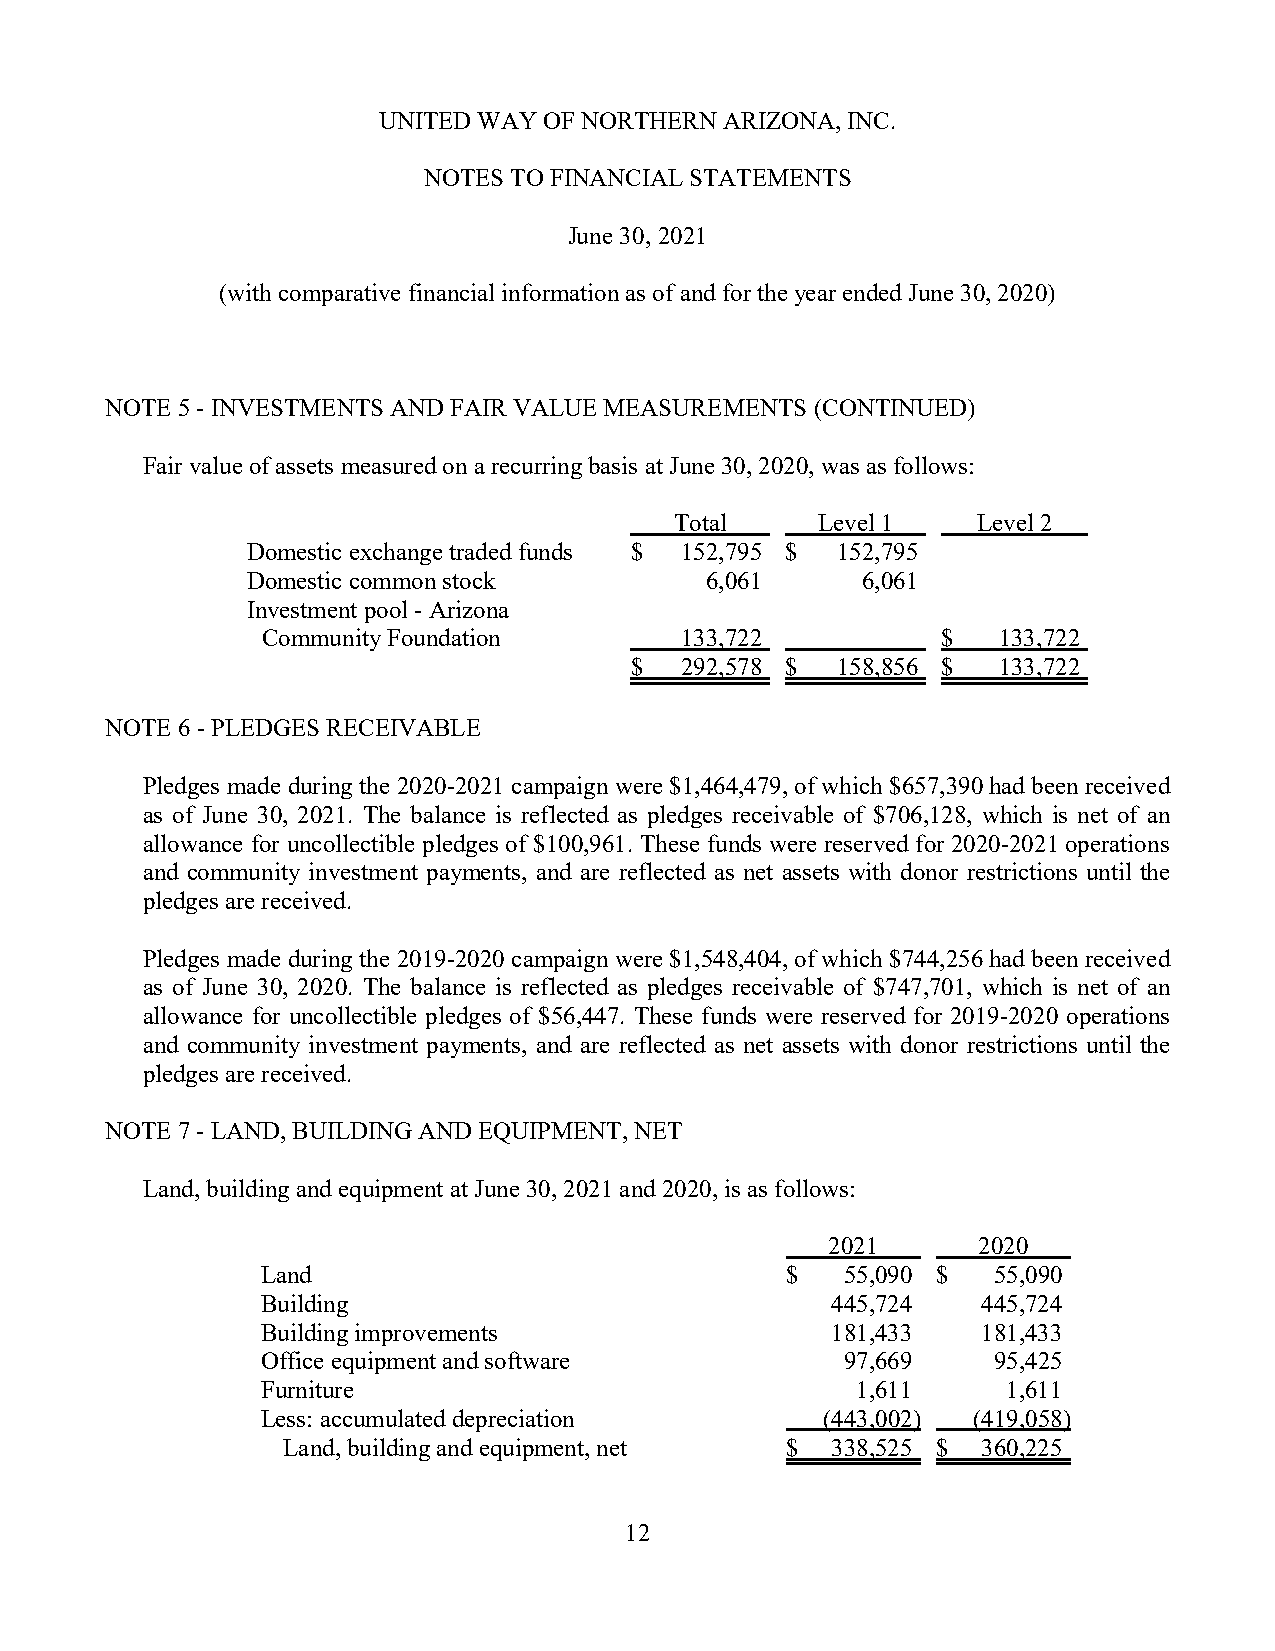
UNITED WAY OF NORTHERN ARIZONA, INC.
 NOTES TO FINANCIAL STATEMENTS
 June 30, 2021
 (with comparative financial information as of and for the year ended June 30, 2020)
 NOTE 5 - INVESTMENTS AND FAIR VALUE MEASUREMENTS (CONTINUED)
 Fair value of assets measured on a recurring basis at June 30, 2020, was as follows:
 Total    Level 1    Level 2
 Domestic exchange traded funds $ 152,795 $ 152,795
 Domestic common stock          6,061     6,061
 Investment pool - Arizona
 Community Foundation        133,722          $   133,722
 $  292,578 $ 158,856 $  133,722
 NOTE 6 - PLEDGES RECEIVABLE
 Pledges made during the 2020-2021 campaign were $1,464,479, of which $657,390 had been received
 as of June 30, 2021. The balance is reflected as pledges receivable of $706,128, which is net of an
 allowance for uncollectible pledges of $100,961. These funds were reserved for 2020-2021 operations
 and community investment payments, and are reflected as net assets with donor restrictions until the
 pledges are received.
 Pledges made during the 2019-2020 campaign were $1,548,404, of which $744,256 had been received
 as of June 30, 2020. The balance is reflected as pledges receivable of $747,701, which is net of an
 allowance for uncollectible pledges of $56,447. These funds were reserved for 2019-2020 operations
 and community investment payments, and are reflected as net assets with donor restrictions until the
 pledges are received.
 NOTE 7 - LAND, BUILDING AND EQUIPMENT, NET
 Land, building and equipment at June 30, 2021 and 2020, is as follows:
 2021      2020
 Land                               $   55,090 $  55,090
 Building                              445,724   445,724
 Building improvements                 181,433   181,433
 Office equipment and software          97,669    95,425
 Furniture                               1,611     1,611
 Less: accumulated depreciation       (443,002) (419,058)
 Land, building and equipment, net $ 338,525 $ 360,225
 12